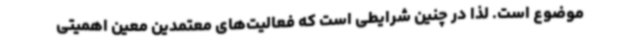
موضوع است. لذا در چنین شرایطی است که فعالیت‌های معتمدین معین اهمیتی